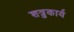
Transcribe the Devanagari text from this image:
शत्रुकार्य